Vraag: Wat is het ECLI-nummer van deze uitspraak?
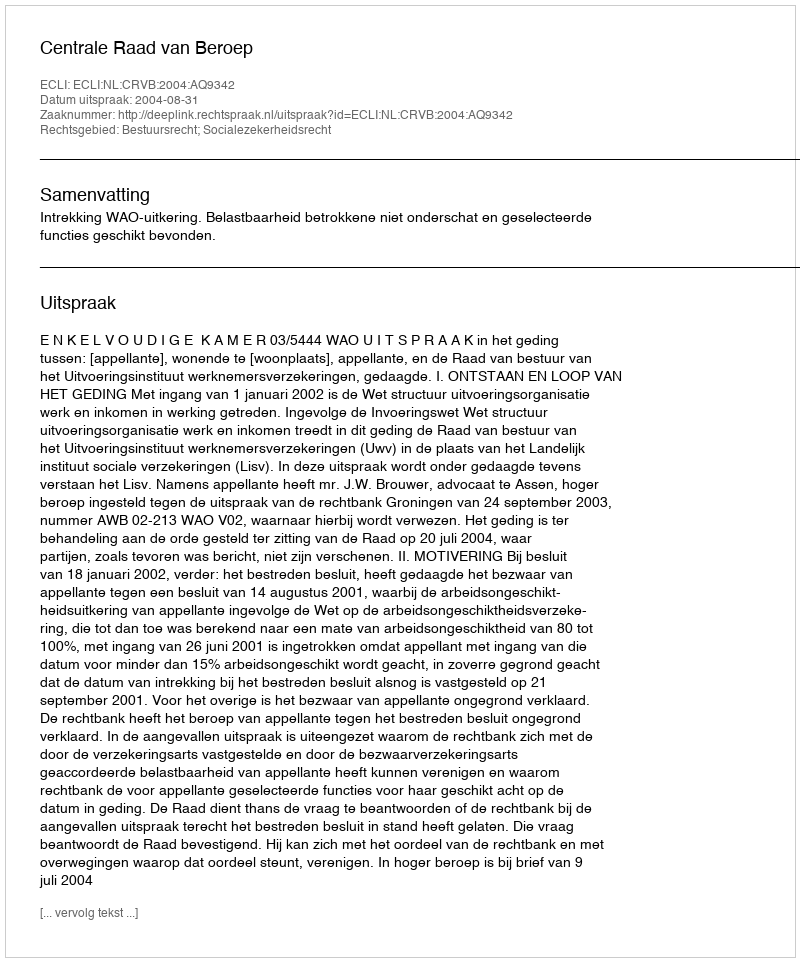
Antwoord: ECLI:NL:CRVB:2004:AQ9342